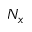
N _ { x }